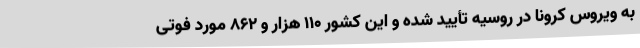
به ویروس کرونا در روسیه تأیید شده و این کشور ۱۱۰ هزار و ۸۶۲ مورد فوتی